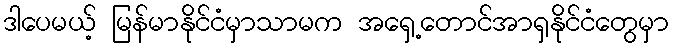
ဒါပေမယ့် မြန်မာနိုင်ငံမှာသာမက အရှေ့တောင်အာရှနိုင်ငံတွေမှာ